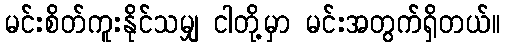
မင်းစိတ်ကူးနိုင်သမျှ ငါတို့မှာ မင်းအတွက်ရှိတယ်။